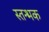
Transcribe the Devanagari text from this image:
स्तन्भक